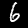
Digit: 6